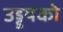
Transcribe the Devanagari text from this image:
उड्डयको